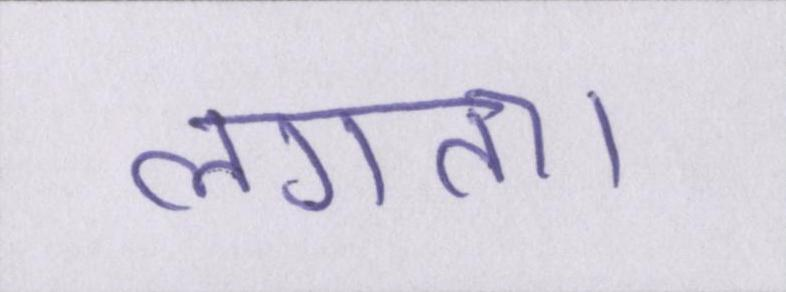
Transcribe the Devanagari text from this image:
लगता।